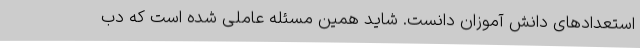
استعدادهای دانش آموزان دانست. شاید همین مسئله عاملی شده است که دب